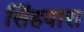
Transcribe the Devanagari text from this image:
सिंहवारा